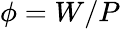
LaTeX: \phi=W/P